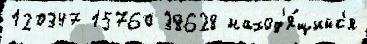
120347 15760 38628 наход'я́щийс'я